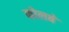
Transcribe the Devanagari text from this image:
कोलबे